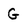
Character: G